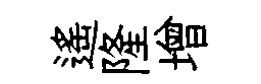
遙隆增